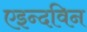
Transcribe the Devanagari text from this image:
एइन्दविन